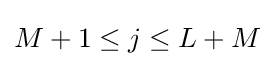
M+1\leq j\leq L+M